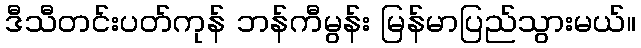
ဒီသီတင်းပတ်ကုန် ဘန်ကီမွန်း မြန်မာပြည်သွားမယ်။